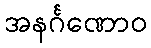
အနင်္ဂဏောဝ